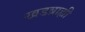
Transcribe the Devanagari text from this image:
खडब्राह्मी